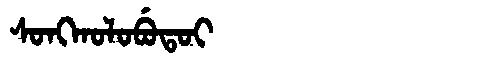
Manchu: ᠰᠣᠩᡴᠣᠯᠣᠪᡠᡨᠣᡳ
Romanization: SONGKOLOBUTOI